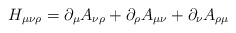
\begin{align*}H_{\mu\nu\rho}=\partial_\mu A_{\nu\rho}+\partial_\rho A_{\mu\nu}+\partial_\nu A_{\rho\mu}\end{align*}